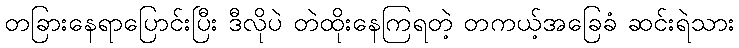
တခြားနေရာပြောင်းပြီး ဒီလိုပဲ တဲထိုးနေကြရတဲ့ တကယ့်အခြေခံ ဆင်းရဲသား